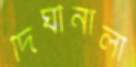
দিঘীনালা